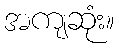
အကျဆုံး။